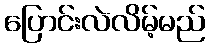
ပြောင်းလဲလိမ့်မည်